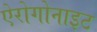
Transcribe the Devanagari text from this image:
ऐरोगोनाइट